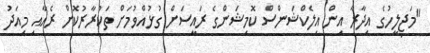
"މަޖިލީހުގެ އިދާރާ އިން އިލެކްޝަންސް ކޮމިޝަންގެ ރައީސަށް ގުޅުއްވުމަށް ތަކުރާރުކޮށް ރެއާއި މިއަދު